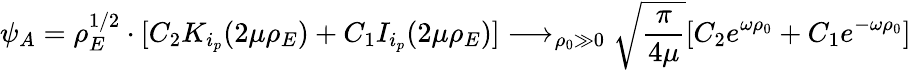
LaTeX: \psi_{A}=\rho_{E}^{1/2}\cdot[C_{2}K_{i_{p}}(2\mu\rho_{E})+C_{1}I_{i_{p}}(2\mu\rho_{E})]\longrightarrow_{\rho_{0}\gg 0}\sqrt{\frac{\pi}{4\mu}}[C_{2}e^{\omega\rho_{0}}+C_{1}e^{-\omega\rho_{0}}]